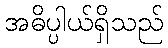
အဓိပ္ပါယ်ရှိသည်